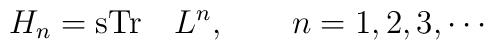
H_{n} = {\rm sTr}\quad L^{n},\qquad n=1,2,3, \cdots